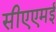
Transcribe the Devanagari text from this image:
सीएएमई